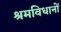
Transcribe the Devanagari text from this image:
श्रमविधानों